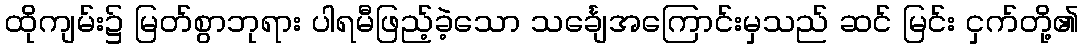
ထိုကျမ်း၌ မြတ်စွာဘုရား ပါရမီဖြည့်ခဲ့သော သင်္ချေအကြောင်းမှသည် ဆင် မြင်း ငှက်တို့၏